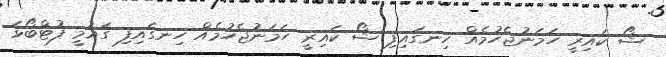
ޝޯ ކައިރީ ހަމަނުޖެހުމެއް ހިނގައިފި ޝޯ ކައިރީ ހަމަނުޖެހުމެއް ހިނގައިފި ގައުމީ ފުޓްބޯޅަ